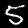
Label: 5